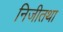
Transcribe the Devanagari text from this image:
निजीतथा